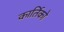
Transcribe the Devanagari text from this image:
कार्तिको